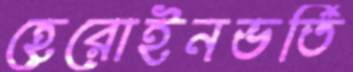
হেরোইনভর্তি